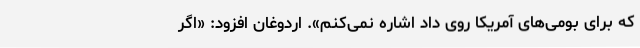
که برای بومی‌های آمریکا روی داد اشاره نمی‌کنم». اردوغان افزود: «اگر